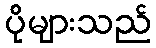
ပိုများသည်